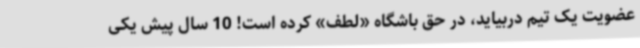
عضویت یک تیم دربیاید، در حق باشگاه «لطف» کرده است! 10 سال پیش یکی